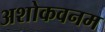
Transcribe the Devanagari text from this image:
अशोकवनम